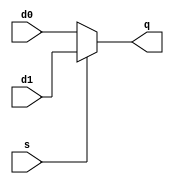
`timescale 1ns / 1ps
//////////////////////////////////////////////////////////////////////////////////
// Company: 
// Engineer: 
// 
// Design Name: 
// Module Name: mux2
// Project Name: 
// Target Devices: 
// Tool Versions: 
// Description: 
// 
// Dependencies: 
// 
// Revision:
// Revision 0.01 - File Created
// Additional Comments:
// 
//////////////////////////////////////////////////////////////////////////////////

module mux2(
    input d0,
    input d1,
    input s,
    output q
    );
    assign q = (s==1) ? d1 : d0;
endmodule